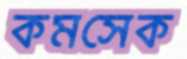
কমসেক